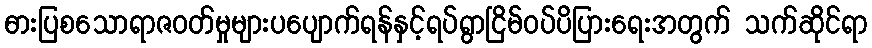
ဓားပြစသောရာဇဝတ်မှုများပပျောက်ရန်နှင့်ရပ်ရွာငြိမ်ဝပ်ပိပြားရေးအတွက် သက်ဆိုင်ရာ